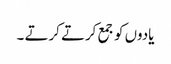
یادوں کو جمع کرتے کرتے ۔